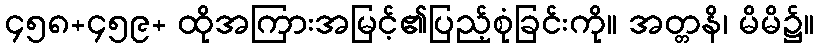
၄၅၈+၄၅၉+ ထိုအကြားအမြင့်၏ပြည့်စုံခြင်းကို။ အတ္တနိ၊ မိမိ၌။